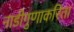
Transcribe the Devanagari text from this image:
नाडीगुणाकरिता